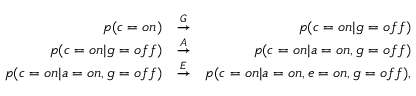
\begin{array} { r l r } { p ( c = { o n } ) } & { \stackrel { G } { \rightarrow } } & { p ( c = { o n } | g = { o f f } ) } \\ { p ( c = { o n } | g = { o f f } ) } & { \stackrel { A } { \rightarrow } } & { p ( c = { o n } | a = { o n } , g = { o f f } ) } \\ { p ( c = { o n } | a = { o n } , g = { o f f } ) } & { \stackrel { E } { \rightarrow } } & { p ( c = { o n } | a = { o n } , e = { o n } , g = { o f f } ) , } \end{array}